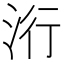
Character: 洐